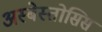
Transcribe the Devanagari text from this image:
अस्बेस्तोसिस